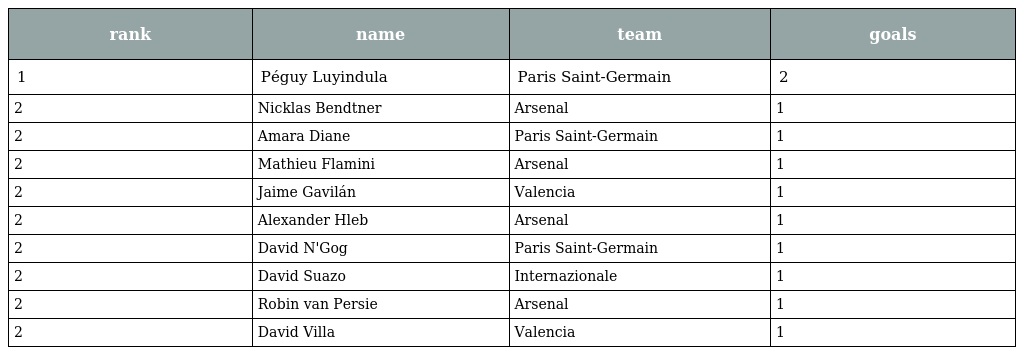
| rank | name | team | goals |
 | --- | --- | --- | --- |
 | 1 | Péguy Luyindula | Paris Saint-Germain | 2 |
 | 2 | Nicklas Bendtner | Arsenal | 1 |
 | 2 | Amara Diane | Paris Saint-Germain | 1 |
 | 2 | Mathieu Flamini | Arsenal | 1 |
 | 2 | Jaime Gavilán | Valencia | 1 |
 | 2 | Alexander Hleb | Arsenal | 1 |
 | 2 | David N'Gog | Paris Saint-Germain | 1 |
 | 2 | David Suazo | Internazionale | 1 |
 | 2 | Robin van Persie | Arsenal | 1 |
 | 2 | David Villa | Valencia | 1 |